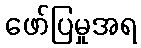
ဖော်ပြမှုအရ